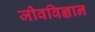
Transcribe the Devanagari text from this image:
जीवविज्ञान